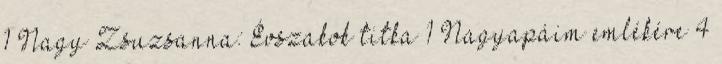
1 Nagy Zsuzsanna: Évszakok titka 1 Nagyapáim emlékére 4